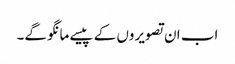
اب ان تصویروں کے پیسے مانگو گے۔